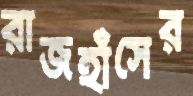
রাজহাঁসের